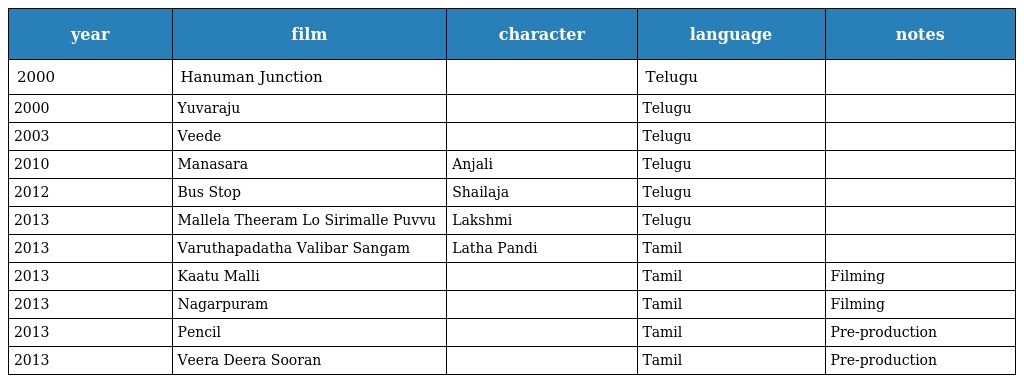
| year | film | character | language | notes |
 | --- | --- | --- | --- | --- |
 | 2000 | Hanuman Junction |  | Telugu |  |
 | 2000 | Yuvaraju |  | Telugu |  |
 | 2003 | Veede |  | Telugu |  |
 | 2010 | Manasara | Anjali | Telugu |  |
 | 2012 | Bus Stop | Shailaja | Telugu |  |
 | 2013 | Mallela Theeram Lo Sirimalle Puvvu | Lakshmi | Telugu |  |
 | 2013 | Varuthapadatha Valibar Sangam | Latha Pandi | Tamil |  |
 | 2013 | Kaatu Malli |  | Tamil | Filming |
 | 2013 | Nagarpuram |  | Tamil | Filming |
 | 2013 | Pencil |  | Tamil | Pre-production |
 | 2013 | Veera Deera Sooran |  | Tamil | Pre-production |